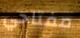
مفتاحي